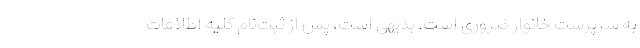
به سرپرست خانوار ضروری است. بدیهی است، پس از ثبت‌نام کلیه اطلاعات